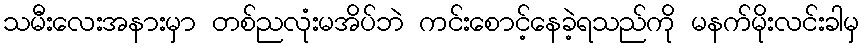
သမီးလေးအနားမှာ တစ်ညလုံးမအိပ်ဘဲ ကင်းစောင့်နေခဲ့ရသည်ကို မနက်မိုးလင်းခါမှ